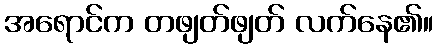
အရောင်က တဖျတ်ဖျတ် လက်နေ၏။